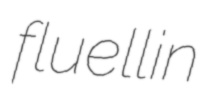
fluellin